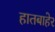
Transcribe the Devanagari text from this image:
हातबाहेर